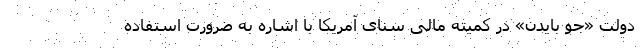
دولت «جو بایدن» در کمیته مالی سنای آمریکا با اشاره به ضرورت استفاده